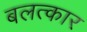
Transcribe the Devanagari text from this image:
बलत्कार